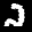
Label: 2